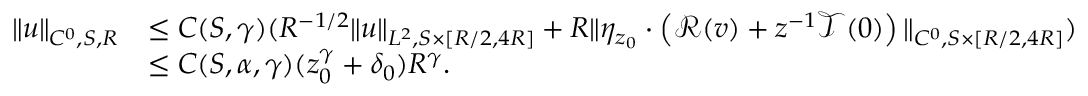
\begin{array} { r l } { \| u \| _ { C ^ { 0 } , S , R } } & { \leq C ( S , \gamma ) ( R ^ { - 1 / 2 } \| u \| _ { L ^ { 2 } , S \times [ R / 2 , 4 R ] } + R \| \eta _ { z _ { 0 } } \cdot \left( \mathscr { R } ( v ) + z ^ { - 1 } \mathscr { T } ( 0 ) \right) \| _ { C ^ { 0 } , S \times [ R / 2 , 4 R ] } ) } \\ & { \leq C ( S , \alpha , \gamma ) ( z _ { 0 } ^ { \gamma } + \delta _ { 0 } ) R ^ { \gamma } . } \end{array}